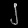
Digit: ၂